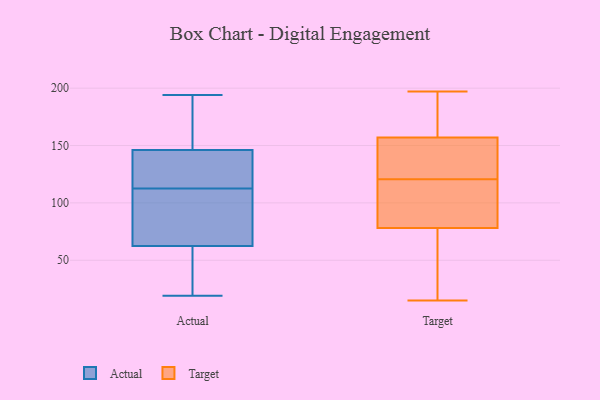
{"axis": {"x": "Population (Million)", "y": "Value"}, "legend": ["Actual", "Target"], "data": [{"x": "", "y": 50, "type": "Actual"}, {"x": "", "y": 95, "type": "Actual"}, {"x": "", "y": 130, "type": "Actual"}, {"x": "", "y": 125, "type": "Actual"}, {"x": "", "y": 191, "type": "Actual"}, {"x": "", "y": 134, "type": "Actual"}, {"x": "", "y": 100, "type": "Actual"}, {"x": "", "y": 158, "type": "Actual"}, {"x": "", "y": 56, "type": "Actual"}, {"x": "", "y": 19, "type": "Actual"}, {"x": "", "y": 69, "type": "Actual"}, {"x": "", "y": 194, "type": "Actual"}, {"x": "", "y": 39, "type": "Target"}, {"x": "", "y": 118, "type": "Target"}, {"x": "", "y": 131, "type": "Target"}, {"x": "", "y": 78, "type": "Target"}, {"x": "", "y": 197, "type": "Target"}, {"x": "", "y": 114, "type": "Target"}, {"x": "", "y": 123, "type": "Target"}, {"x": "", "y": 15, "type": "Target"}, {"x": "", "y": 125, "type": "Target"}, {"x": "", "y": 45, "type": "Target"}, {"x": "", "y": 106, "type": "Target"}, {"x": "", "y": 174, "type": "Target"}, {"x": "", "y": 179, "type": "Target"}, {"x": "", "y": 157, "type": "Target"}]}